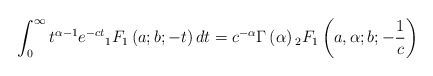
\begin{align*} \int_{0}^{\infty}t^{\alpha-1}e^{-ct}{}_1F_1\left(a;b;-t\right)dt = c^{-\alpha}\Gamma\left(\alpha\right){}_2F_1\left(a,\alpha;b;-\frac{1}{c}\right) \end{align*}